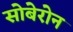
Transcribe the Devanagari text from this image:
सोबेरोन